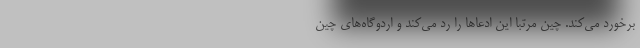
برخورد می‌کند. چین مرتبا این ادعاها را رد می‌کند و اردوگاه‌های چین